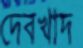
দেবখাদ